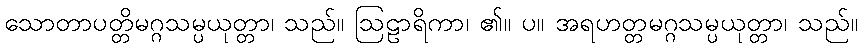
သောတာပတ္တိမဂ္ဂသမ္ပယုတ္တာ၊ သည်။ ဩဠာရိကာ၊ ၏။ ပ။ အရဟတ္တမဂ္ဂသမ္ပယုတ္တာ၊ သည်။